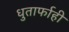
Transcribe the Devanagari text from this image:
धुतार्फाही